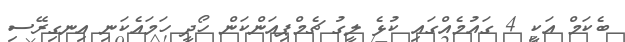
ބެކަމް އަކީ 4 ގައުމެއްގައި ކުޅެ ލީގު ޗެމްޕިއަންކަން ހޯދީ ހަމައެކަނި އިނގިރޭސި